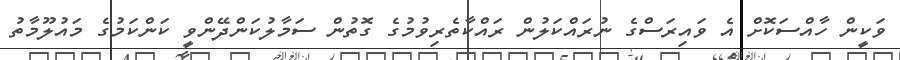
ވަކީން ހާއްސަކޮށް އެ ވައިރަސްގެ ނުރައްކަލުން ރައްކާތެރިވުމުގެ ގޮތުން ސަމާލުކަންދޭންވީ ކަންކަމުގެ މައުލޫމާތު